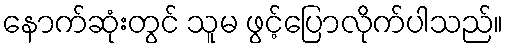
နောက်ဆုံးတွင် သူမ ဖွင့်ပြောလိုက်ပါသည်။